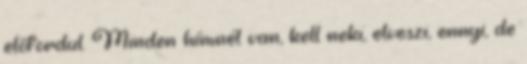
előfordul. Minden hímnél van, kell neki, elveszi, ennyi, de